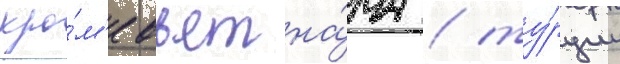
кро́м'е вьетна́ма / ту́рции